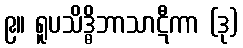
၉။ ရူပသိဒ္ဓိဘာသာဋီကာ (ဒု)